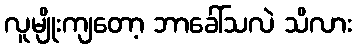
လူမျိုးကျတော့ ဘာခေါ်သလဲ သိလား